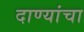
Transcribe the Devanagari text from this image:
दाण्यांचा